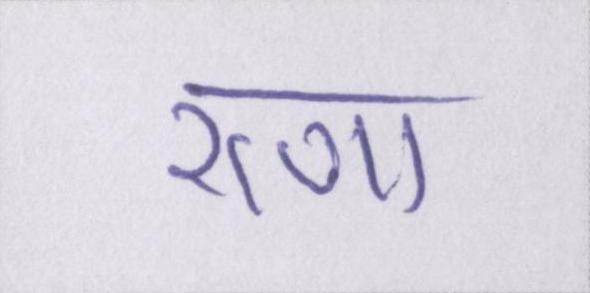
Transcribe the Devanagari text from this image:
राणा